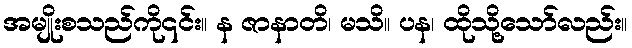
အမျိုးစသည်ကို၎င်း။ န ဇာနာတိ၊ မသိ။ ပန၊ ထိုသို့သော်လည်း။